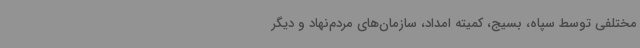
مختلفی توسط سپاه، بسیج، کمیته امداد، سازمان‌های مردم‌نهاد و دیگر